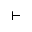
\vdash